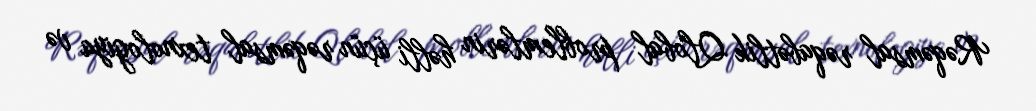
Rəqəmsal rəqabətlik Qlobal problemlərin həlli üçün rəqəmsal texnologiya və